Report on lock hospitals in British Burma
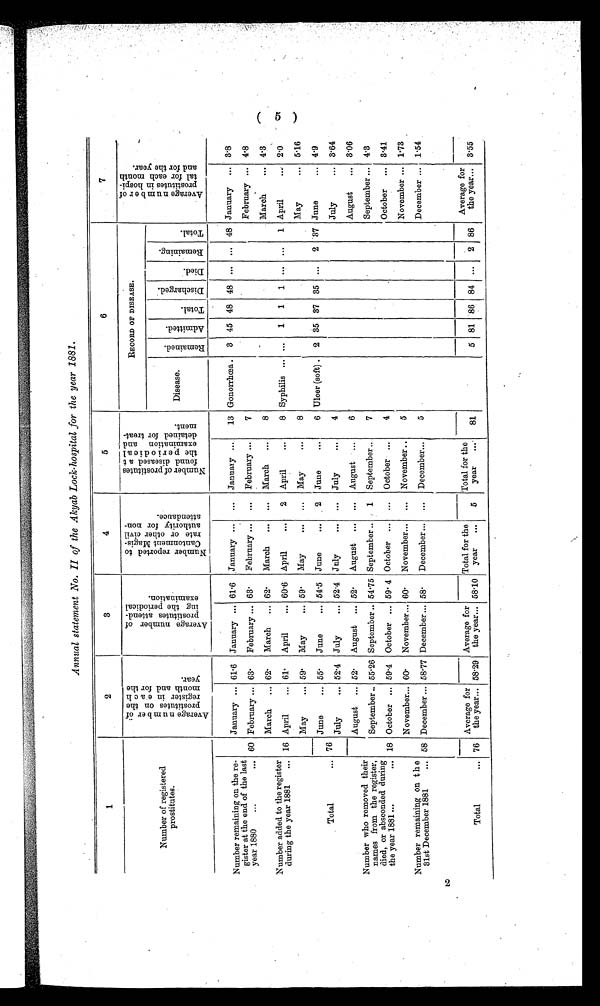
2
Annual statement No. II of the Akyab Lock-hospital for the year 1881.
1
2
3
4
5
6
7
Number of registered
prostitutes.
A v e r a g e n u m b e r o f p r o s t i t u t e s o n t h e r e g i s t e r i n e a c h m o n t h a n d f o r t h e y e a r .
A v e r a g e n u m b e r o f p r o s t i t u t e s a t t e n d i n g t h e p e r i o d i c a l e x a m i n a t i o n .
N u m b e r r e p o r t e d t o c a n t o n m e n t M a g i s t r a t e o r o t h e r c i v i l a u t h o r i t y f o r n o n - a t t e n d a n c e .
N u m b e r o f p r o s t i t u t e s f o u n d d i s e a s e d a t t h e p e r i o d i c a l e x a m i n a t i o n a n d d e t a i n e d f o r t r e a t m e n t .
RECORD OF DISEASE.
A v e r a g e n u m b e r o f p r o s t i t u t e s i n h o s p i t a l f o r e a c h m o n t h a n d f o r t h e y e a r .
Disease.
R e m a i n e d .
A d m i t t e d .
T o t a l .
D i s c h a r g e d .
D i e d .
R e m a i n i n g .
T o t a l .
Number remaining on the re-
gister at the end of the last
year 1880
...
...
January ... 61.6 January ... 61.6 January ...
...
January ...
13 Gonorrhœa .
3 45 48 48 ... ... 48 January ... 3.8
60 February ... 63.
February ... 63.
February ...
...
February ...
7
February ... 4.8
Number added to the register
during the year 1881
...
March
.. 62.
March
... 62.
March
. . .
. . .
March
. . .
8
March
... 4.3
16 April
... 61.
April
... 60-6 April
...
2
April
. . .
8 Syphilis
. . . . . .
1
1
1
. . .
1 April
... 2.0
May
... 59 .
May
... 59 .
May
May
. . .
8
May
5.16
Total
... 76
June
... 55.
June
... 54. 5 June
...
2
June
...
6 Ulcer (soft) .
2 35 37 35 ...
2 37 June
... 4.9
July
... 52. 4 July
... 52 . 4 July
. . .
. . .
July
...
4
July
... 3.64
Number who removed their
names from the register,
died, or absconded during
the year 1881 ...
...
August
... 52.
August
... 52.
August
...
...
August ...
6
August
... 3.06
September .. 55 . 26 September .. 54. 75 September .. , 1
September..
7
September ... 4.3
18 October
. . . 59 .4 October ... 59 . 4 October ...
...
October ...
4
October
... 3.41
Number remaining on t h e
31st December 1881
...
November... 60.
November... 60.
November...
...
November ..
5
November ... 1.73
58 December ... 58.77 December ... 58.
December ...
...
December...
5
December ... 1.54
Total
... 76
Average for
the year... 58 . 29
Average for
the year... 58. 10
Total for the
year
...
5
Total for the
year
. . .
81
5 81 86 84 ...
2 86
Average for
the year... 3.55
(5)